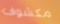
مكشوف